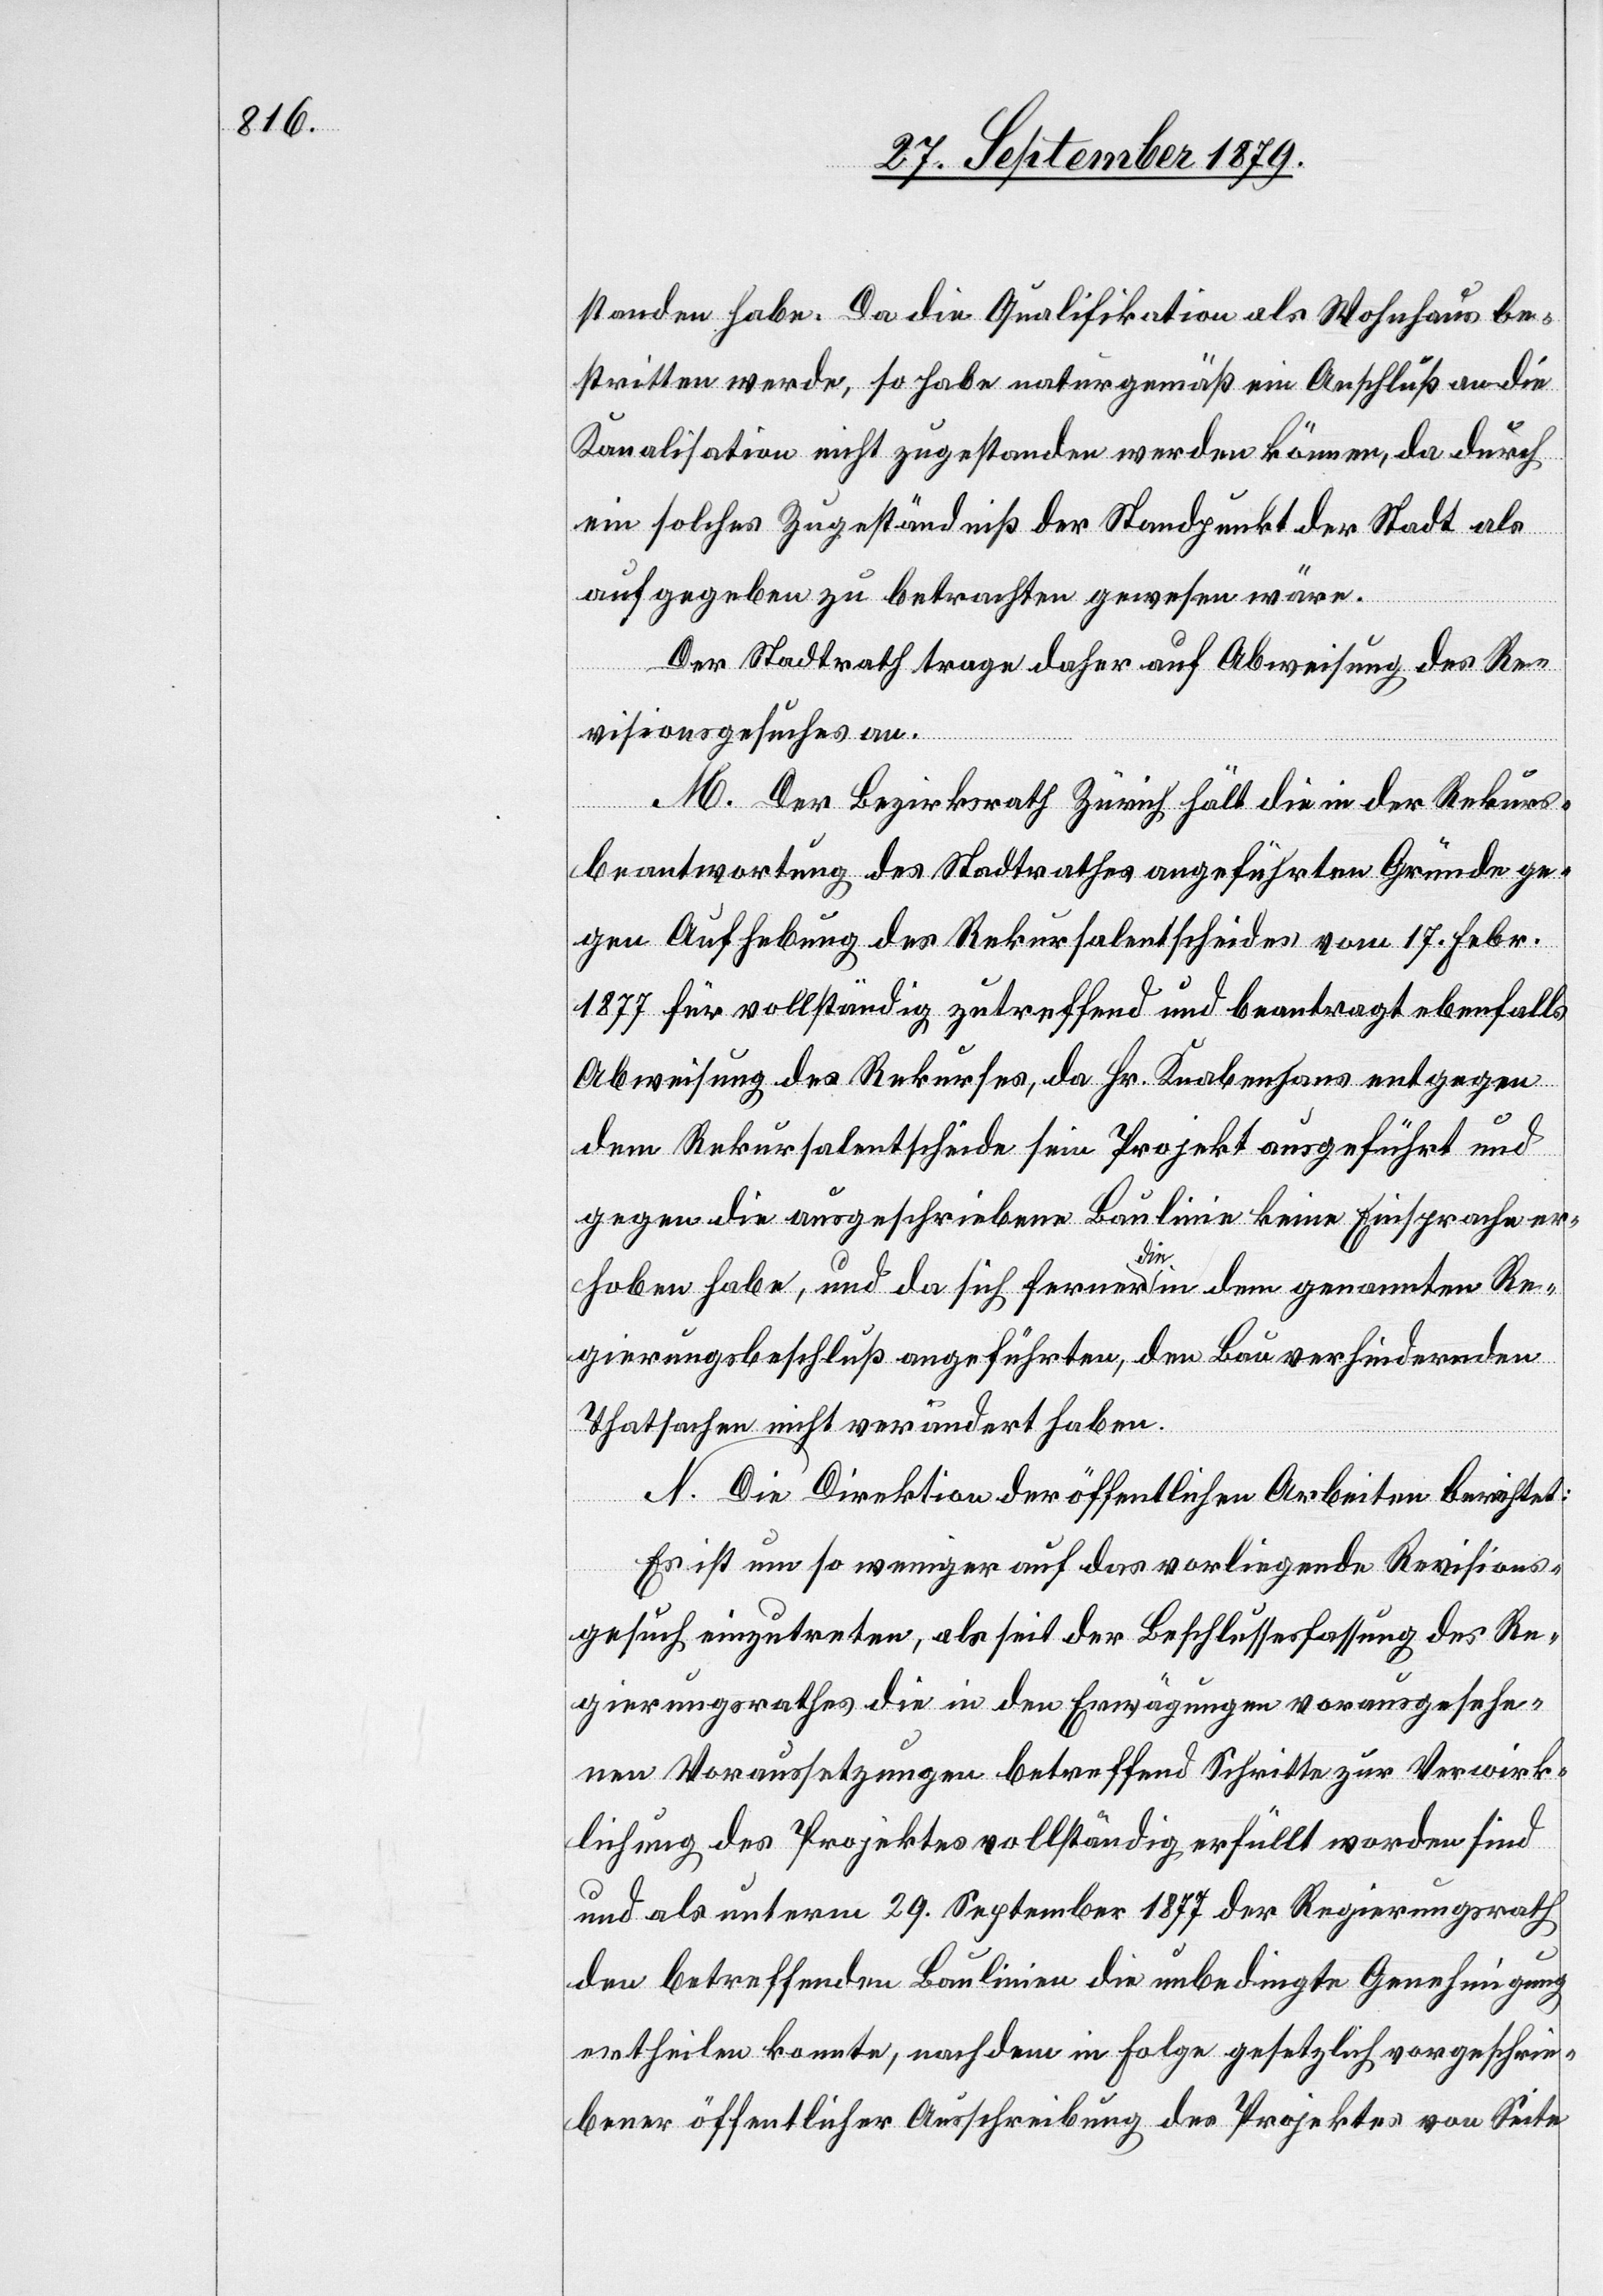
standen habe. Da die Qualifikation als Wohnhaus be¬
stritten werde, so habe naturgemäß ein Anschluß an die
Kanalisation nicht zugestanden werden können, da durch
ein solches Zugeständniß der Standpunkt der Stadt als
aufgegeben zu betrachten gewesen wäre.
Der Stadtrath trage daher auf Abweisung des Re¬
visionsgesuches an.
M. Der Bezirksrath Zürich hält die in der Rekurs¬
beantwortung des Stadtrathes angeführten Gründe ge¬
gen Aufhebung des Rekursalentscheides vom 17. Febr.
1877 für vollständig zutreffend und beantragt ebenfalls
Abweisung des Rekurses, da Hr. Knabenhans entgegen
dem Rekursalentscheide sein Projekt ausgeführt und
gegen die ausgeschriebene Baulinie keine Einsprache er¬
hoben habe, und da sich ferner die in dem genannten Re¬
gierungsbeschluß angeführten, den Bau verhindernden
Thatsachen nicht verändert haben.
N. Die Direktion der öffentlichen Arbeiten berichtet:
Es ist um so weniger auf das vorliegende Revisions¬
gesuch einzutreten, als seit der Beschlussesfassung des Re¬
gierungsrathes die in den Erwägungen vorausgesehe¬
nen Voraussetzungen betreffend Schritte zur Verwirk¬
lichung des Projektes vollständig erfüllt worden sind
und als unterm 29. September 1877 der Regierungsrath
den betreffenden Baulinien die unbedingte Genehmigung
ertheilen konnte, nachdem in Folge gesetzlich vorgeschrie¬
bener öffentlicher Ausschreibung des Projektes von Seite